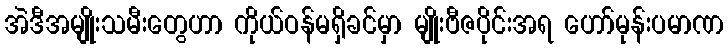
အဲဒီအမျိုးသမီးတွေဟာ ကိုယ်ဝန်မရှိခင်မှာ မျိုးဗီဇပိုင်းအရ ဟော်မုန်းပမာဏ